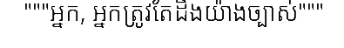
"""អ្នក, អ្នកត្រូវតែដឹងយ៉ាងច្បាស់"""